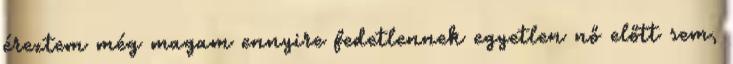
éreztem még magam ennyire fedetlennek egyetlen nő előtt sem,